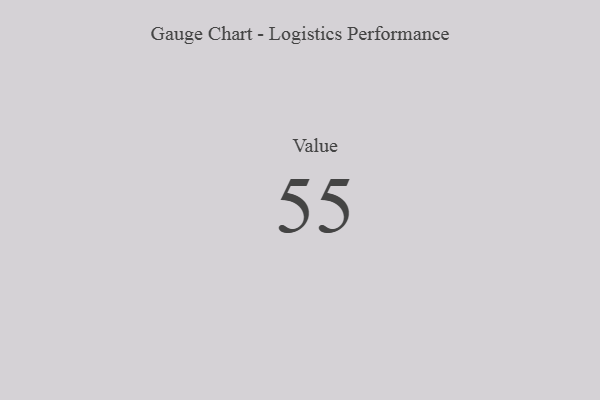
{"axis": {"x": "Metric", "y": "Value"}, "legend": [""], "data": [{"x": "Value", "y": 55, "type": ""}]}